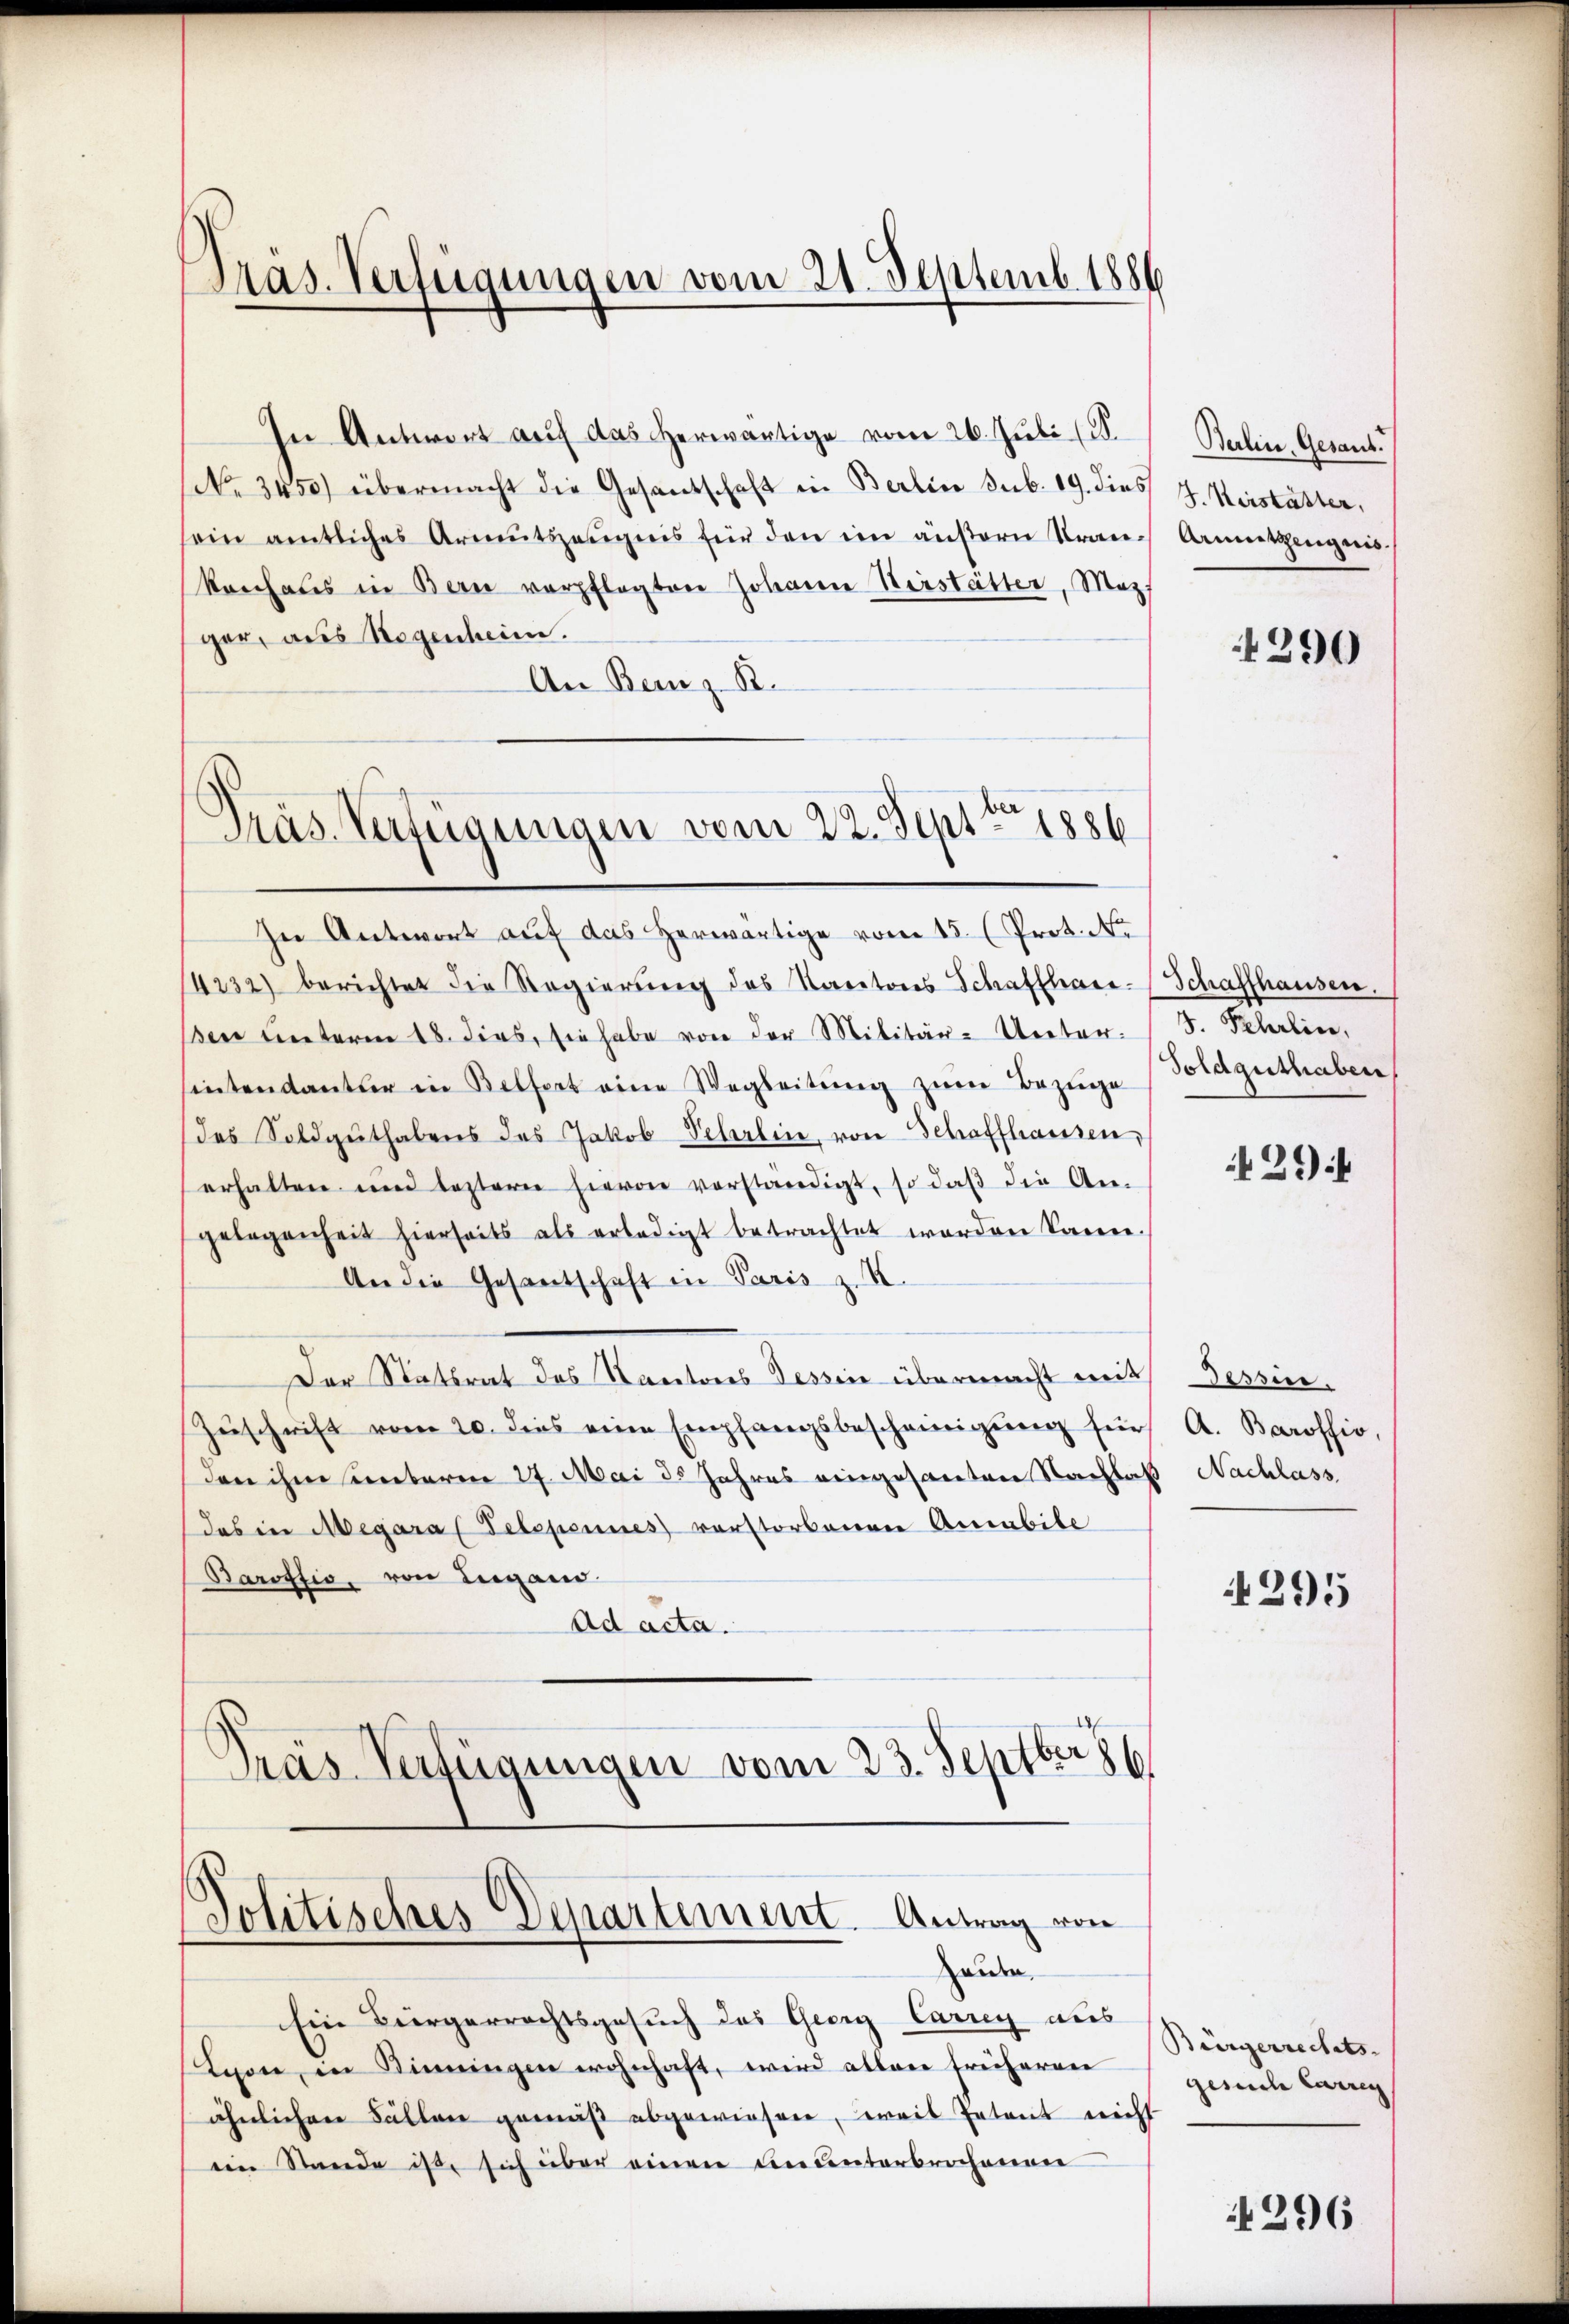
Pras. Verfügungen vom 21. Septemb. 1886.

In Antwort auf das herwärtige vom 26. Juli (d.
(No 3450) übermacht die Gesandschaft in Berlin sub. 19. dies
sein amtliches Armutszeŭgnis für den im äußern Kran-
konhals in Bern verpflegten Johanne Herstätter, Mazf
ger, aus Regenheim.
An Bern z. B.

Präs. Verfügungen vom 22. Septbr. 1886

In Antwort auf das herwärtige vom 15. (Prot. N
14232) berichtet die Regierŭng des Kartons Schaffhaus- (Schaffhausen.
sen unterm 18. dies, sie habe von der Militär-Unter-
sintendanter in Belfort eine Wegleitŭng zŭm Bezüge
des Soldgŭthabens des Jakob Scherlin, von Schaffhausen,
erhalten und leztere hievon verständigt, so daβ die An-
gelegenheit hierseits als erledigt betrachtet worden kann.
An die Gesantschaft in Paris z. K.
Der Stattrat des Kantores Tessin übermacht mit Tessin,
Zŭschrift vom 20. dies eine Empfangsbescheinigŭng für A. Barofsio,
den ihm unterm 27. Mai 25 Jahres eingesanten Nachlaß Nachlass
das in Megara Telepeines vorstorbenen Ansabile
Barottio, von Lugan
Ad acta.
Präs. Verfügungen vom 23. Septber

Politisches Departement. Antrag von

Handen
Ein Bürgerrechtsgesuch des Georg Carrey aus
Lyon, in Kinningen wohnhaft, wird allein freiherren
ähnlichen Fällen gemäß abgewiesen, weil Petent nicht
ein Stande ist, sich über einen ununterbrochenen

Berlin, Gesand.
J. Keistätter,
Armutszeugnis.

4390

F. Scherlin,
Foldguthaben

29

295

Bürgerrechts-
gesuche Caureg

296